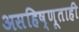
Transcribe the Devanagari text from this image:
असहिष्णूताही